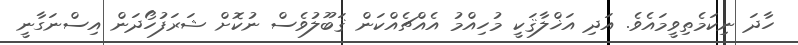
ހާދަ ނިކަމެތިވީމައެވެ. އަދި އަޚްލާޤަކީ މުހިއްމު އެއްޗެއްކަން ޤަބޫލުވެސް ނުކޮށް ޝަރަފުހޯދަން އިސްނަގާނީ